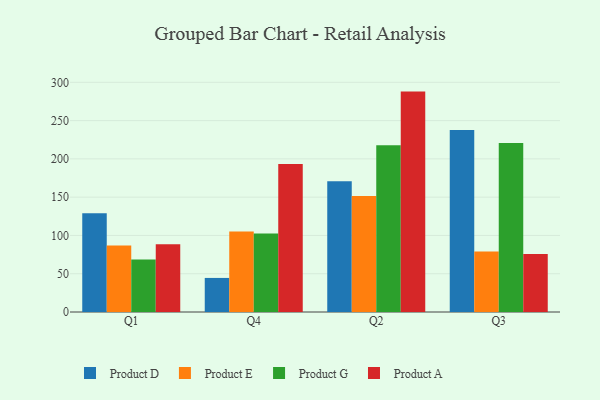
{"axis": {"x": "Quarter", "y": "Tickets Resolved"}, "legend": ["Product A", "Product D", "Product E", "Product G"], "data": [{"x": "Q1", "y": 128.9, "type": "Product D"}, {"x": "Q1", "y": 86.8, "type": "Product E"}, {"x": "Q1", "y": 68.7, "type": "Product G"}, {"x": "Q1", "y": 88.5, "type": "Product A"}, {"x": "Q4", "y": 44.5, "type": "Product D"}, {"x": "Q4", "y": 105.1, "type": "Product E"}, {"x": "Q4", "y": 102.5, "type": "Product G"}, {"x": "Q4", "y": 193.2, "type": "Product A"}, {"x": "Q2", "y": 170.9, "type": "Product D"}, {"x": "Q2", "y": 151.5, "type": "Product E"}, {"x": "Q2", "y": 217.7, "type": "Product G"}, {"x": "Q2", "y": 287.9, "type": "Product A"}, {"x": "Q3", "y": 237.9, "type": "Product D"}, {"x": "Q3", "y": 78.9, "type": "Product E"}, {"x": "Q3", "y": 220.7, "type": "Product G"}, {"x": "Q3", "y": 75.7, "type": "Product A"}]}